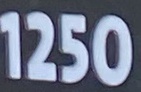
1250